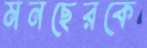
মনছেরকে